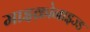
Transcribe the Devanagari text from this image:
माइक्रोनाइज्ड